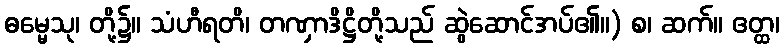
ဓမ္မေသု၊ တို့၌။ သံဟီရတိ၊ တဏှာဒိဋ္ဌိတို့သည် ဆွဲဆောင်အပ်၏။) စ၊ ဆက်။ ဧတ္ထ၊